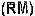
(RM)